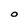
Character: O